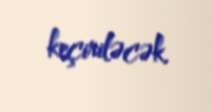
keçiriləcək.